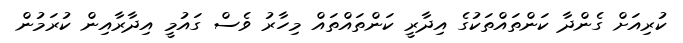
ކުރިއަށް ގެންދާ ކަންތައްތަކުގެ އިދާރީ ކަންތައްތައް މިހާރު ވެސް ގައުމީ އިދާރާއިން ކުރަމުން